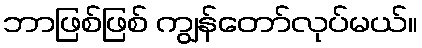
ဘာဖြစ်ဖြစ် ကျွန်တော်လုပ်မယ်။